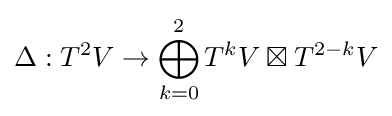
\Delta :T^{2}V\to \bigoplus _{k=0}^{2}T^{k}V\boxtimes T^{2-k}V